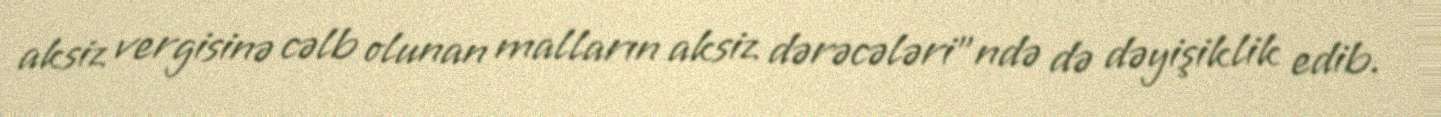
aksiz vergisinə cəlb olunan malların aksiz dərəcələri”ndə də dəyişiklik edib.